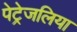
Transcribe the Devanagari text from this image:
पेट्रेजलिया